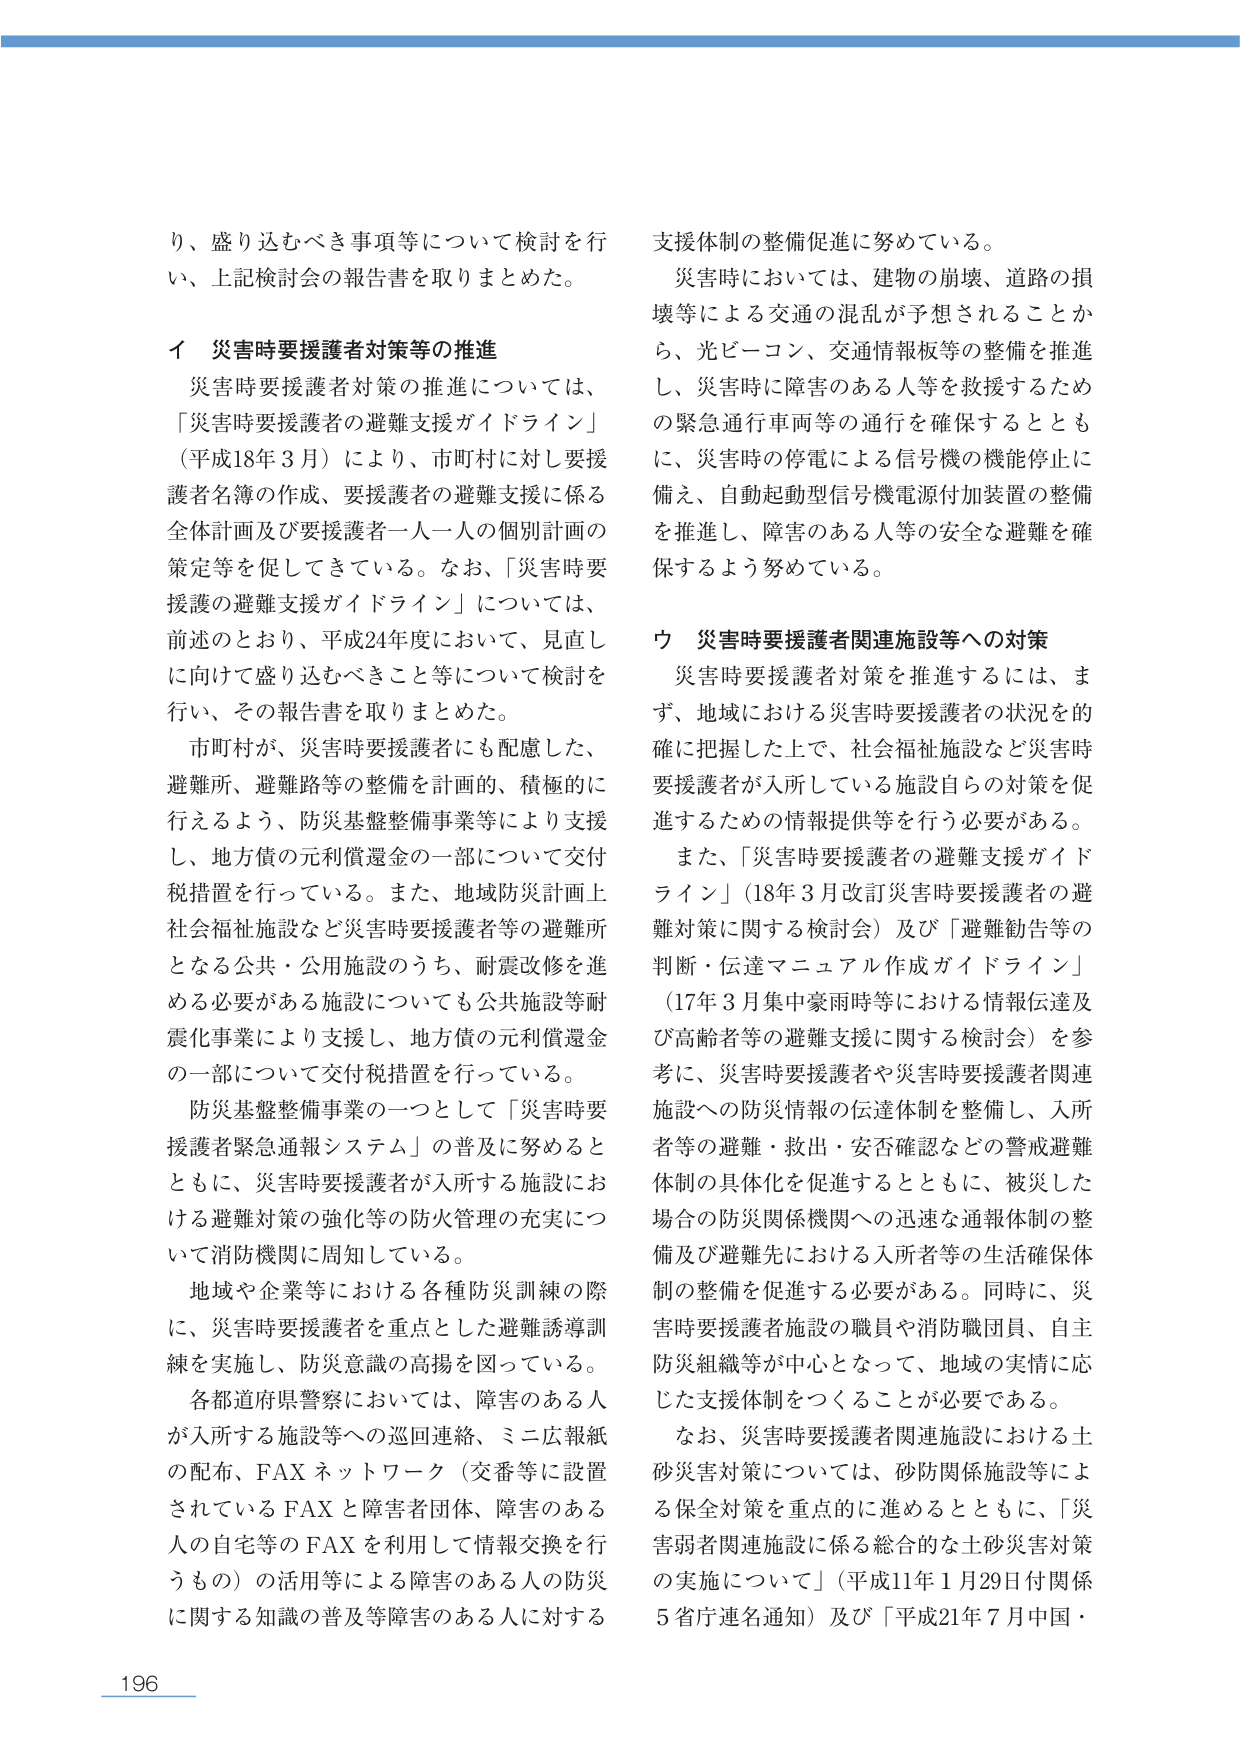
り、盛り込むべき事項等について検討を行い、上記検討会の報告書を取りまとめた。

イ 災害時要援護者対策等の推進

災害時要援護者対策の推進については、「災害時要援護者の避難支援ガイドライン」（平成18年3月）により、市町村に対し要援護者名簿の作成、要援護者の避難支援に係る全体計画及び要援護者一人一人の個別計画の策定等を促してきている。なお、「災害時要援護の避難支援ガイドライン」については、前述のとおり、平成24年度において、見直しに向けて盛り込むべきこと等について検討を行い、その報告書を取りまとめた。

市町村が、災害時要援護者にも配慮した、避難所、避難路等の整備を計画的、積極的に行えるよう、防災基盤整備事業等により支援し、地方債の元利償還金の一部について交付税措置を行っている。また、地域防災計画上社会福祉施設など災害時要援護者等の避難所となる公共・公用施設のうち、耐震改修を進める必要がある施設についても公共施設等耐震化事業により支援し、地方債の元利償還金の一部について交付税措置を行っている。

防災基盤整備事業の一つとして「災害時要援護者緊急通報システム」の普及に努めるとともに、災害時要援護者が入所する施設における避難対策の強化等の防火管理の充実について消防機関に周知している。

地域や企業等における各種防災訓練の際に、災害時要援護者を重点とした避難誘導訓練を実施し、防災意識の高揚を図っている。

各都道府県警察においては、障害のある人が入所する施設等への巡回連絡、ミニ広報紙の配布、FAXネットワーク（交番等に設置されているFAXと障害者団体、障害のある人の自宅等のFAXを利用して情報交換を行うもの）の活用等による障害のある人の防災に関する知識の普及等障害のある人に対する

支援体制の整備促進に努めている。

災害時においては、建物の崩壊、道路の損壊等による交通の混乱が予想されることから、光ビーコン、交通情報板等の整備を推進し、災害時に障害のある人等を救援するための緊急通行車両等の通行を確保するとともに、災害時の停電による信号機の機能停止に備え、自動起動型信号機電源付加装置の整備を推進し、障害のある人等の安全な避難を確保するよう努めている。

ウ 災害時要援護者関連施設等への対策

災害時要援護者対策を推進するには、まず、地域における災害時要援護者の状況を的確に把握した上で、社会福祉施設など災害時要援護者が入所している施設自らの対策を促進するための情報提供等を行う必要がある。

また、「災害時要援護者の避難支援ガイドライン」（18年3月改訂災害時要援護者の避難対策に関する検討会）及び「避難勧告等の判断・伝達マニュアル作成ガイドライン」（17年3月集中豪雨時等における情報伝達及び高齢者等の避難支援に関する検討会）を参考に、災害時要援護者や災害時要援護者関連施設への防災情報の伝達体制を整備し、入所者等の避難・救出・安否確認などの警戒避難体制の具体化を促進するとともに、被災した場合の防災関係機関への迅速な通報体制の整備及び避難先における入所者等の生活確保体制の整備を促進する必要がある。同時に、災害時要援護者施設の職員や消防職団員、自主防災組織等が中心となって、地域の実情に応じた支援体制をつくることが必要である。

なお、災害時要援護者関連施設における土砂災害対策については、砂防関係施設等による保全対策を重点的に進めるとともに、「災害弱者関連施設に係る総合的な土砂災害対策の実施について」（平成11年1月29日付関係5省庁連名通知）及び「平成21年7月中国・

196